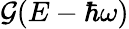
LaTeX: \mathcal{G}(E-\hbar\omega)